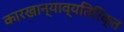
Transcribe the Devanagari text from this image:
कारखान्याव्यतिरिक्त